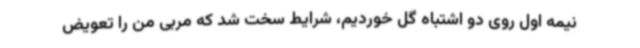
نیمه اول روی دو اشتباه گل خوردیم، شرایط سخت شد که مربی من را تعویض